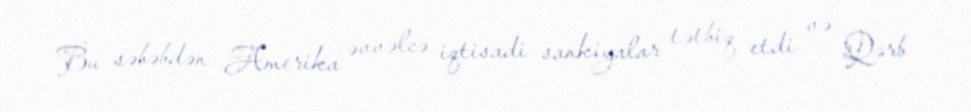
Bu səbəbdən Amerika əvvəlcə iqtisadi sankiyalar tətbiq etdi və Qərb